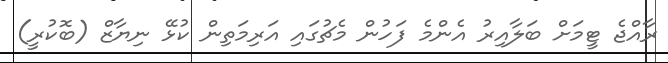
ރާއްޖެ ޓީމަށް ބަލާއިރު އެންމެ ފަހުން މެޗުގައި އަރިމަތިން ކުޅޭ ނިޔާޒް (ބޮކުރީ)